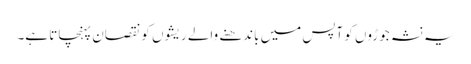
یہ نشہ جوڑوں کو آپس میں باندھنے والے ریشوں کو نقصان پہنچاتا ہے۔